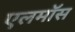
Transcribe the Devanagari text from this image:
एलमॉस